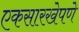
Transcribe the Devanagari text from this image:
एकसारखेपणे